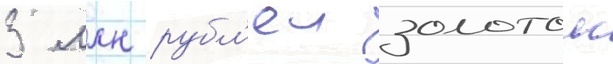
3 млн рубл'еи золотом